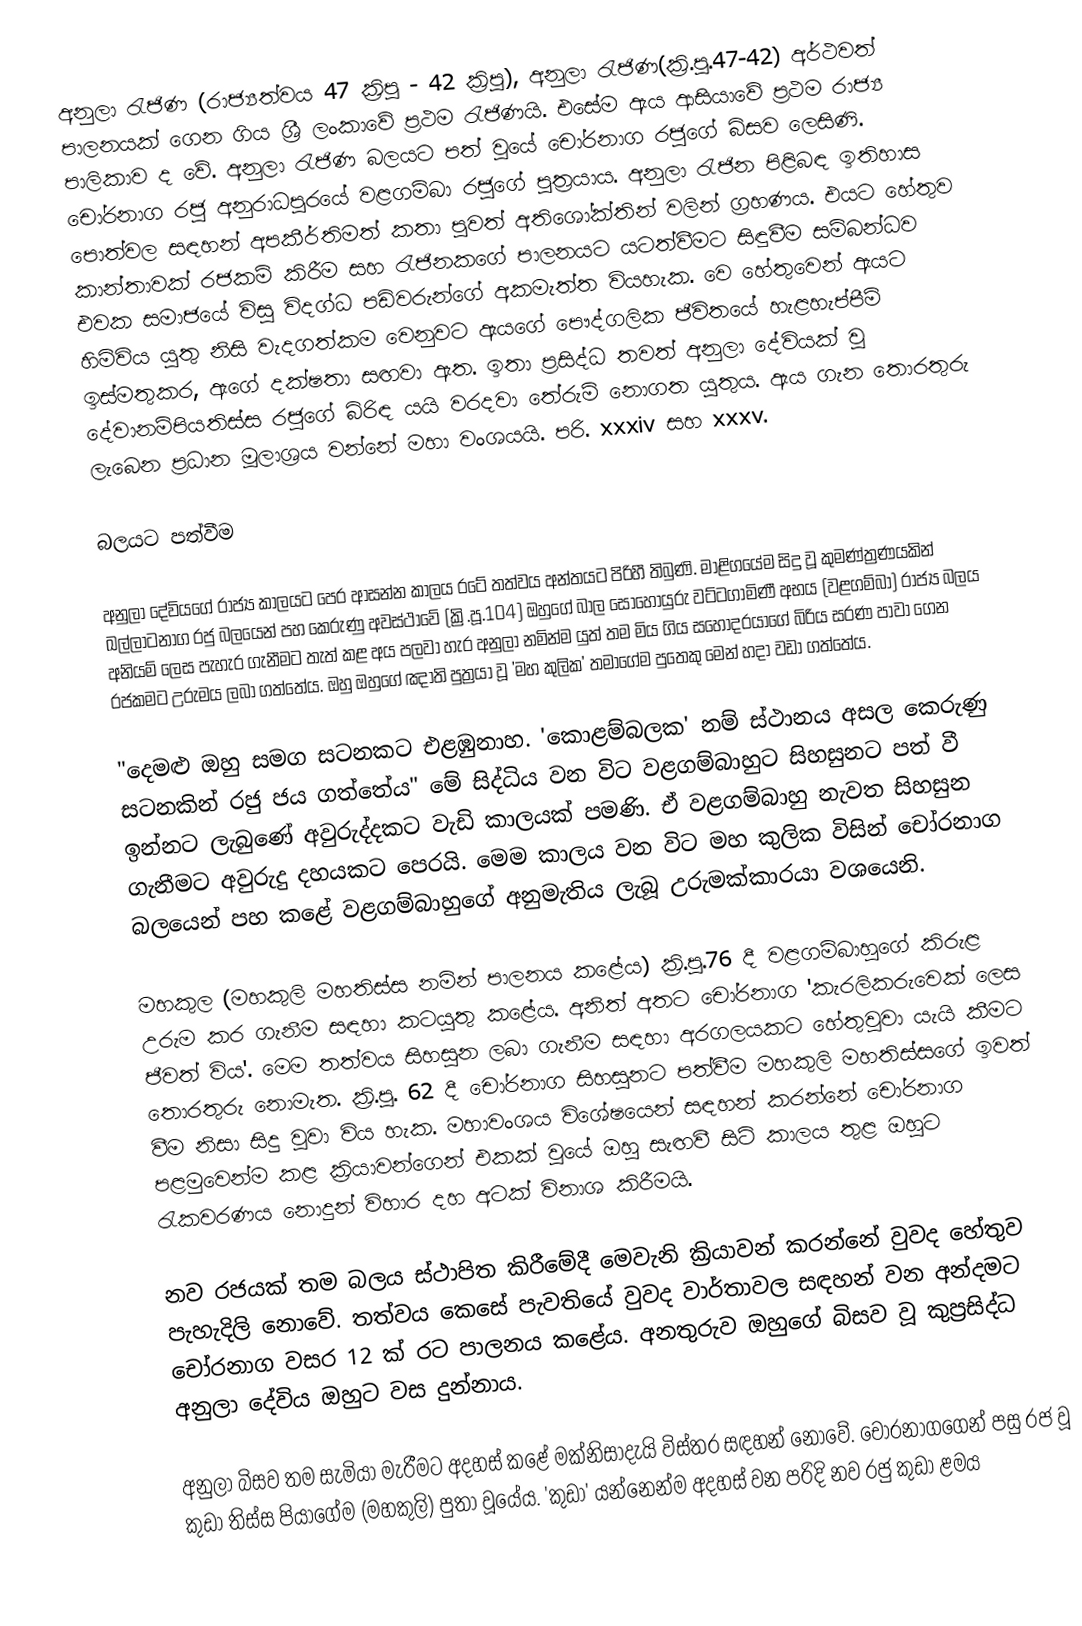
අනුලා රැජිණ (රාජ්‍යත්වය 47 ක්‍රිපූ - 42 ක්‍රිපූ), අනුලා රැජිණ(ක්‍රි.පූ.47-42) අර්ථවත් පාලනයක් ගෙන ගිය ශ්‍රී ලංකාවේ ප්‍රථම රැජිණයි. එසේම ඇය ආසියාවේ ප්‍රථම රාජ්‍ය පාලිකාව ද වේ. අනුලා රැජිණ බලයට පත් වූයේ චෝරනාග රජුගේ බිසව ලෙසිණි. චෝරනාග රජු අනුරාධපුරයේ වළගම්බා රජුගේ පුත්‍රයාය. අනුලා රැජින පිළිබඳ ඉතිහාස පොත්වල සඳහන් අපකීර්තිමත් කතා පුවත් අතිශෝක්තින් වලින් ග්‍රහණය. එයට හේතුව කාන්තාවක් ‍රජකම් කිරීම සහ රැජිනකගේ පාලනයට යටත්වීමට සිඳුවීම සම්බන්ධව එවක සමාජයේ විසූ විදග්ධ පඩිවරුන්ගේ අකමැත්ත වියහැක. වෙ හේතුවෙන් ඇයට හිමිවිය යුතු නිසි වැදගත්කම වෙනුවට ඇයගේ පෞද්ගලික ජීවිතයේ හැළහැප්පීම් ඉස්මතුකර, ඇගේ දක්ෂතා සඟවා ඇත. ඉතා ප්‍රසිද්ධ තවත් අනුලා දේවියක් වූ දේවානම්පියතිස්ස රජුගේ බිරිඳ යයි වරදවා තේරුම් නොගත යුතුය. ඇය ගැන තොරතුරු ලැබෙන ප්‍රධාන මූලාශ්‍රය වන්නේ මහා වංශයයි. පරි. xxxiv සහ xxxv.

බලයට පත්වීම

අනුලා දේවියගේ රාජ්‍ය කාලයට පෙර ආසන්න කාලය රටේ තත්වය අන්තයට පිරිහී තිබුණි. මාළිගයේම සිදු වූ කුමණ්ත්‍රණයකින් ඛල්ලාටනාග රජු බලයෙන් පහ කෙරුණු අවස්ථාවේ (ක්‍රි.පූ.104) ඔහුගේ බාල සොහොයුරු වට්ටගාමිණී අභය (වළගම්බා) රාජ්‍ය බලය අනියම් ලෙස පැහැර ගැනීමට තැත් කළ අය පලවා හැර අනුලා නමින්ම යුත් තම මිය ගිය සහෝදරයාගේ බිරිය සරණ පාවා ගෙන රජකමට උරුමය ලබා ගත්තේය. ඔහු ඔහුගේ ඤාති පුත්‍රයා වූ 'මහ කුලික' තමාගේම පුතෙකු මෙන් හදා වඩා ගත්තේය.

"දෙමළු ඔහු සමග සටනකට එළඹුනාහ. 'කොළම්බලක' නම් ස්ථානය අසල කෙරුණු සටනකින් රජු ජය ගත්තේය" මේ සිද්ධිය වන විට වළගම්බාහුට සිහසුනට පත් වී ඉන්නට ලැබුණේ අවුරුද්දකට වැඩි කාලයක් පමණි. ඒ වළගම්බාහු නැවත සිහසුන ගැනීමට අවුරුදු දහයකට පෙරයි. මෙම කාලය වන විට මහ කුලික විසින් චෝරනාග බලයෙන් පහ කළේ වළගම්බාහුගේ අනුමැතිය ලැබූ උරුමක්කාරයා වශයෙනි.

මහකුල (මහකුලි මහතිස්ස නමින් පාලනය කළේය) ක්‍රි.පූ.76 දී වළගම්බාහුගේ කිරුළ උරුම කර ගැනීම සඳහා කටයුතු කළේය. අනිත් අතට චෝරනාග 'කැරලිකරුවෙක් ලෙස ජීවත් විය'. මෙම තත්වය සිහසුන ලබා ගැනීම සඳහා අරගලයකට හේතුවූවා යැයි කීමට තොරතුරු නොමැත. ක්‍රි.පූ. 62 දී චෝරනාග සිහසුනට පත්වීම මහකුලි මහතිස්සගේ ඉවත් වීම නිසා සිදු වූවා විය හැක. මහාවංශය වි‍ශේෂයෙන් සඳහන් කරන්නේ චෝරනාග පළමුවෙන්ම කළ ක්‍රියාවන්ගෙන් එකක් වූයේ ඔහු සැඟවී සිටි කාලය තුළ ඔහුට රැකවරණය නොදුන් විහාර දහ අටක් විනාශ කිරීමයි.

නව රජයක් තම බලය ස්ථාපිත කිරීමේදී මෙවැනි ක්‍රියාවන් කරන්නේ වුවද හේතුව පැහැදිලි නොවේ. තත්වය කෙසේ පැවතියේ වුවද වාර්තාවල සඳහන් වන අන්දමට චෝරනාග වසර 12 ක් රට පාලනය කළේය. අනතුරුව ඔහුගේ බිසව වූ කුප්‍රසිද්ධ අනුලා දේවිය ඔහුට වස දුන්නාය.

අනුලා බිසව තම සැමියා මැරීමට අදහස් කළේ මක්නිසාදැයි විස්තර සඳහන් නොවේ. චෝරනාගගෙන් පසු රජ වූ කුඩා තිස්ස පියාගේම (මහකුලි) පුතා වූයේය. 'කුඩා' යන්නෙන්ම අදහස් වන පරිදි නව රජු කුඩා ළමය